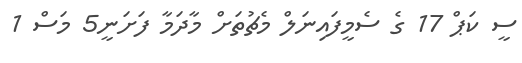
ސީ ކަޕް 17 ގެ ސެމީފައިނަލް މެޗުތަށް މާދަމާ ފަށަނީ5 މަސް 1